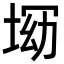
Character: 𡌝